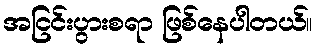
အငြင်းပွားစရာ ဖြစ်နေပါတယ်။